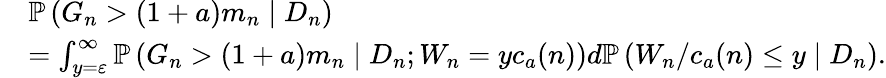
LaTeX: \begin{array}{rl}&{\mathbb{P}\left(G_{n}>(1+a)m_{n}\mid D_{n}\right)}\\ &{=\int_{y=\varepsilon}^{\infty}\mathbb{P}\left(G_{n}>(1+a)m_{n}\mid D_{n};W_{n}=yc_{a}(n)\right)d\mathbb{P}\left(W_{n}/c_{a}(n)\leq y\mid D_{n}\right).}\end{array}